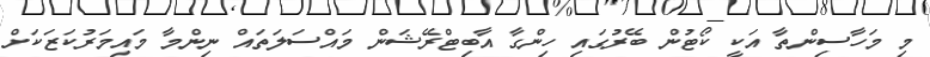
މި މަހާސިންތާ އަކީ ކޯޓުން ބޭރުގައި ހިންގާ އާބިޓްރޭޝަން މައްސަލަތައް ނިންމާ މައިމަރުކަޒަކަށް